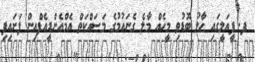
ފ. ފީއަލީގައި ހާލު ބޮޑުވި މީހެއް މާލެ ގެނައުމުގެ މަސައްކަތް އެމްއެންޑީއެފްއިން ފަށައިފި